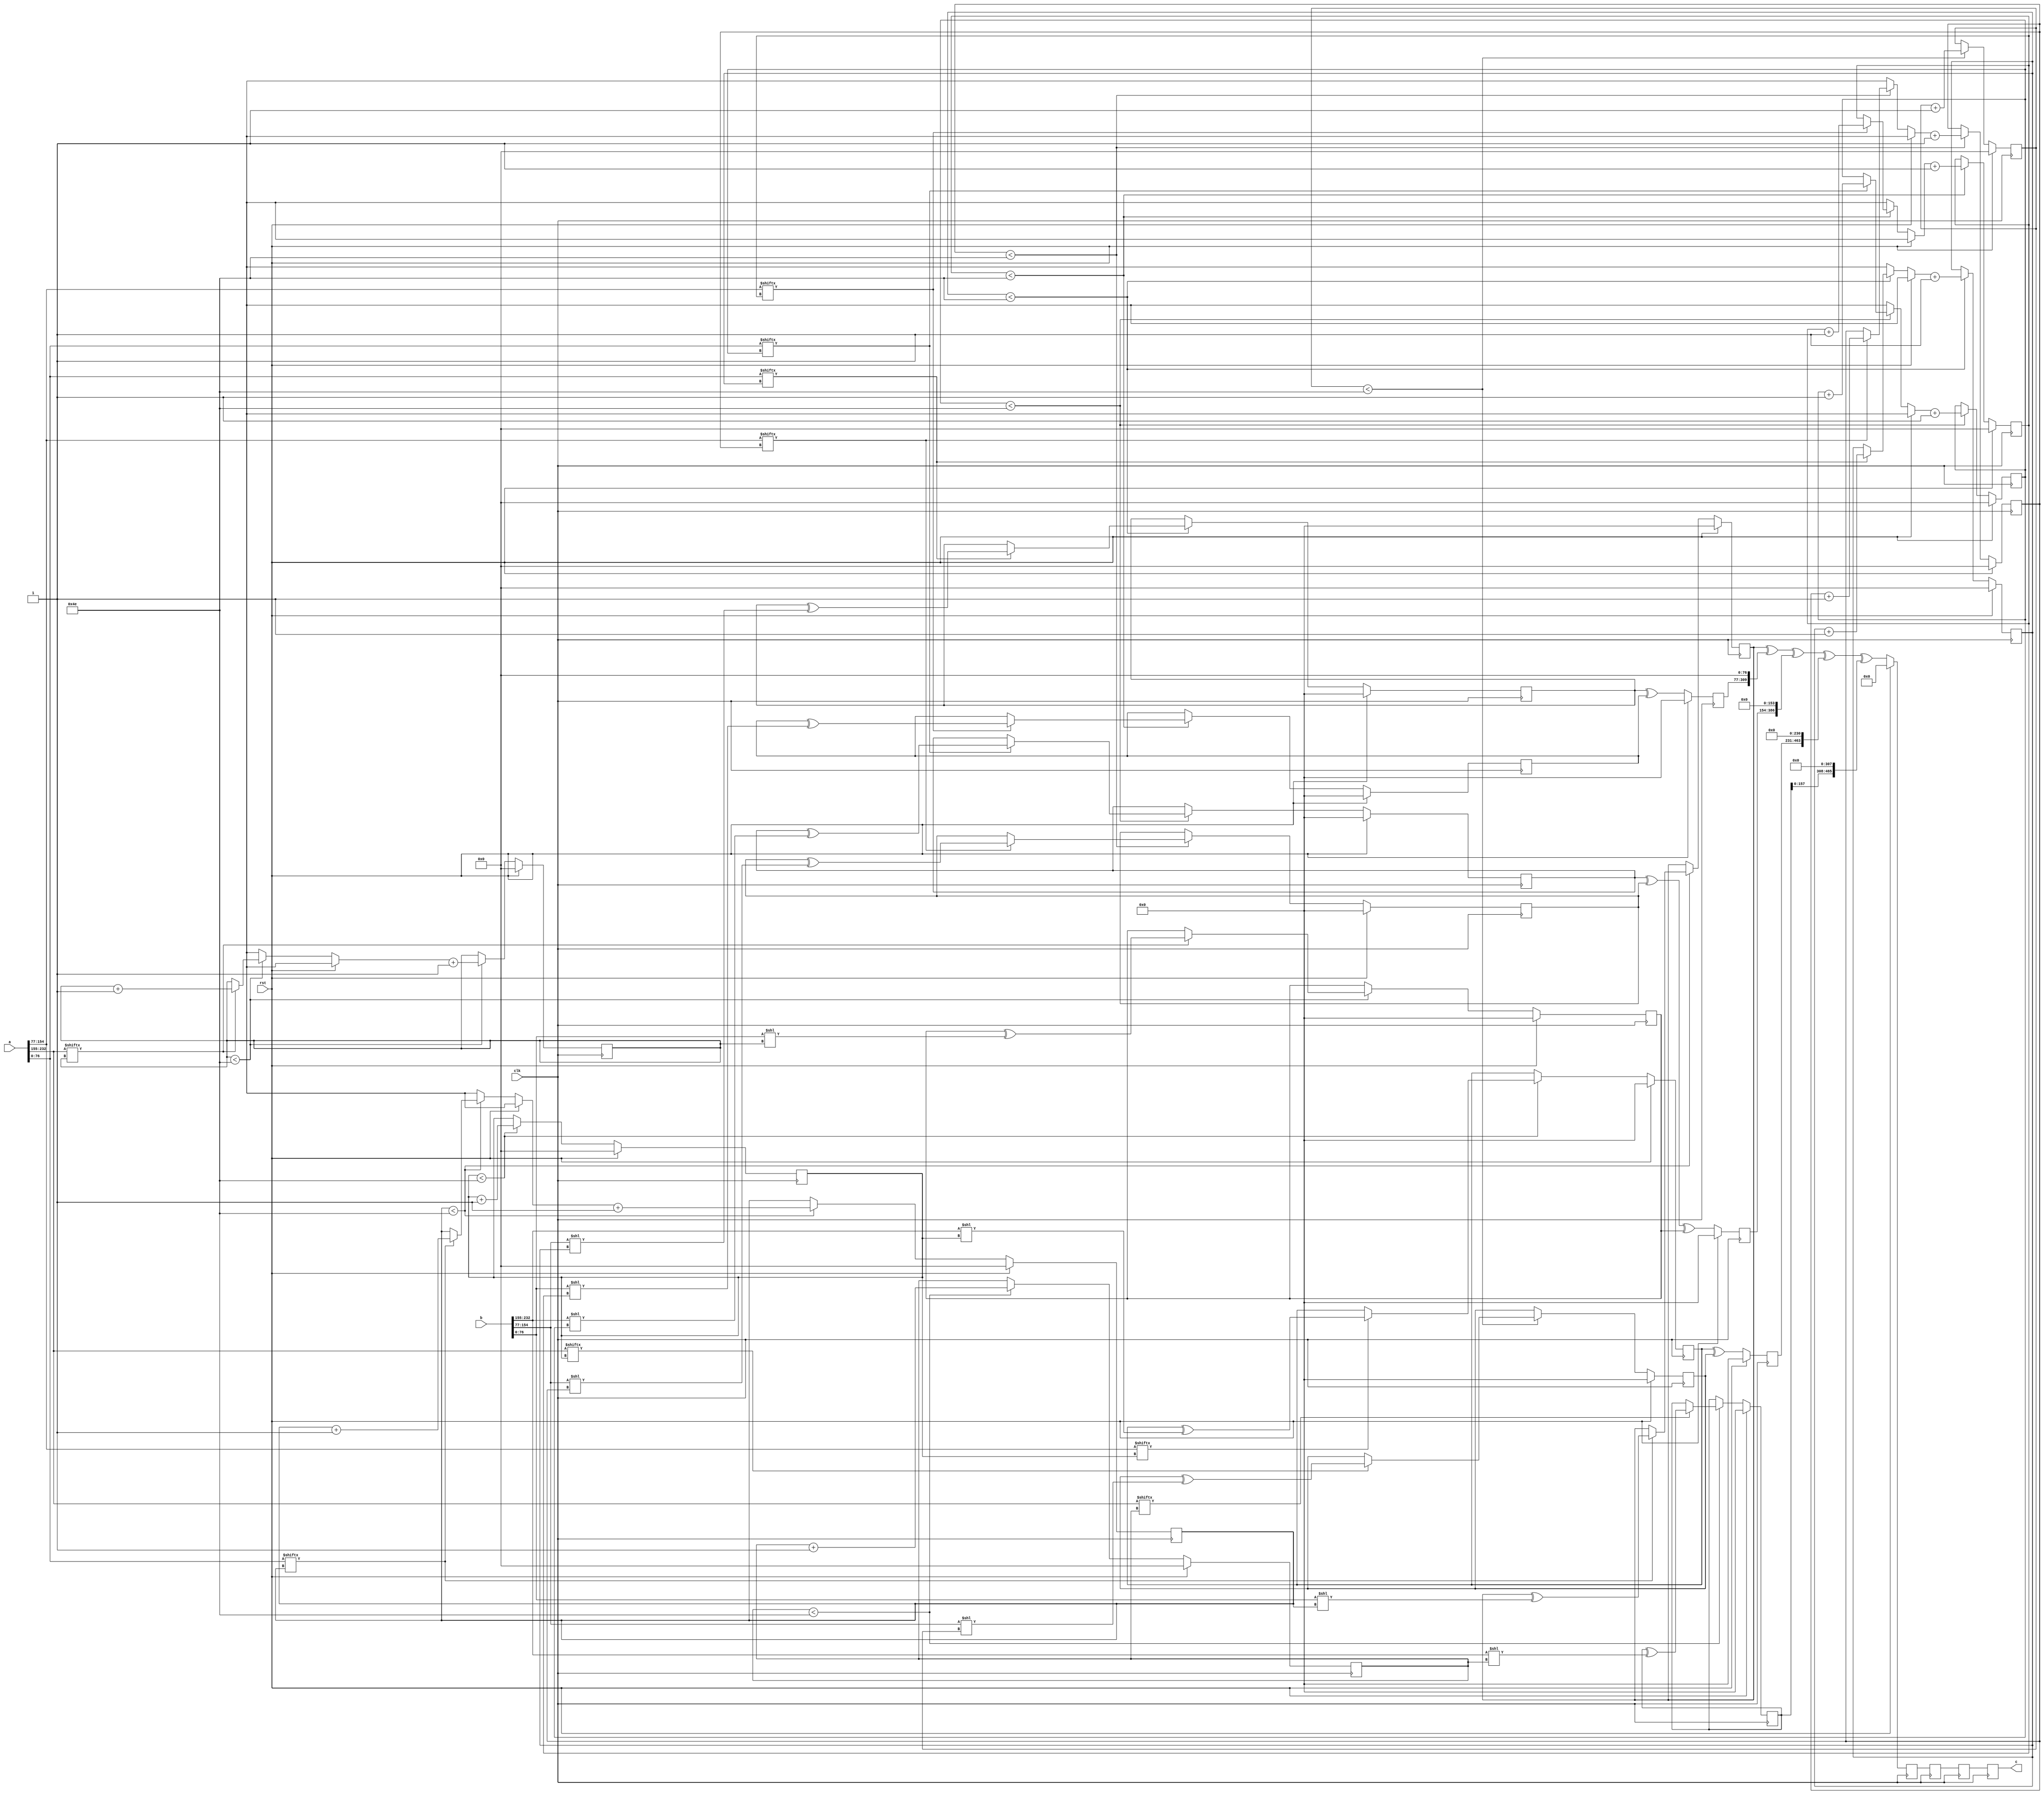
// TalTech large integer multiplier library
// Multiplier type: three_way_toom_cook
// Parameters: 233 233 4
// Target tool: genus
module three_way_toom_cook(clk, rst, a, b, c);
input clk;
input rst;
input [232:0] a;
input [232:0] b;
output reg [465:0] c;

// Pipeline register declaration 
reg [465:0] c_temp_3;
reg [465:0] c_temp_2;
reg [465:0] c_temp_1;

// Wires declaration 
wire  [76:0] a0;
wire  [77:0] a1;
wire  [77:0] a2;
wire  [76:0] b0;
wire  [77:0] b1;
wire  [77:0] b2;

// Registers declaration 
reg  [76:0] counter_d;
reg  [76:0] counter_e1;
reg  [76:0] counter_e2;
reg  [76:0] counter_f1;
reg  [76:0] counter_f2;
reg  [76:0] counter_f3;
reg  [76:0] counter_g1;
reg  [76:0] counter_g2;
reg  [76:0] counter_h;
reg  [232:0] d;
reg  [232:0] e1_mul;
reg  [232:0] e2_mul;
reg  [232:0] e;
reg  [232:0] f1_mul;
reg  [232:0] f2_mul;
reg  [232:0] f3_mul;
reg  [232:0] f;
reg  [232:0] g1_mul;
reg  [232:0] g2_mul;
reg  [232:0] g;
reg  [232:0] h;
reg  [465:0] temp;

// Initial assignments to wires
assign a0 = a[76:0];
assign a1 = a[154:77];
assign a2 = a[232:155];
assign b0 = b[76:0];
assign b1 = b[154:77];
assign b2 = b[232:155];

// Step-1 of 3-Way TCM Multiplier
always @(posedge clk) begin
	if (rst) begin
		d <= 233'd0;
		counter_d <= 77'd0;
	end
	else if (counter_d < 78) begin
		if (a2[counter_d] == 1'b1) begin
			d <= d ^ (b2 << counter_d);
			counter_d <= counter_d + 1;
		end
		counter_d <= counter_d + 1;
	end
end

// Step-2 (Part-1) of 3-Way TCM Multiplier
always @(posedge clk) begin
	if (rst) begin
		e1_mul <= 233'd0;
		counter_e1 <= 77'd0;
	end
	else if (counter_e1 < 78) begin
		if (a1[counter_e1] == 1'b1) begin
			e1_mul <= e1_mul ^ (b2 << counter_e1);
			counter_e1 <= counter_e1 + 1;
		end
		counter_e1 <= counter_e1 + 1;
	end
end

// Step-2 (Part-2) of 3-Way TCM Multiplier
always @(posedge clk) begin
	if (rst) begin
		e2_mul <= 233'd0;
		counter_e2 <= 77'd0;
	end
	else if (counter_e2 < 78) begin
		if (a2[counter_e1] == 1'b1) begin
			e2_mul <= e2_mul ^ (b1 << counter_e2);
			counter_e2 <= counter_e2 + 1;
		end
		counter_e2 <= counter_e2 + 1;
	end
end

// Step-2 (Part-3) of 3-Way TCM Multiplier
always @(posedge clk) begin
	if (rst) begin
		e = 233'd0;
	end
	else begin
		e = e1_mul ^ e2_mul; 
	end
end

// Step-3 (Part-1) of 3-Way TCM Multiplier
always @(posedge clk) begin
	if (rst) begin
		f1_mul = 233'd0;
		counter_f1 = 77'd0;
	end
	else if (counter_f1 < 78) begin
		if (a0[counter_f1] == 1'b1) begin
			f1_mul = f1_mul ^ (b2 << counter_f1);
			counter_f1 = counter_f1 + 1;
		end
		counter_f1 = counter_f1 + 1;
	end
end

// Step-3 (Part-2) of 3-Way TCM Multiplier
always @(posedge clk) begin
	if (rst) begin
		f2_mul = 233'd0;
		counter_f2 = 77'd0;
	end
	else if (counter_f2 < 78) begin
		if (a1[counter_f2] == 1'b1) begin
			f2_mul = f2_mul ^ (b1 << counter_f2);
			counter_f2 = counter_f2 + 1;
		end
		counter_f2 = counter_f2 + 1;
	end
end

// Step-3 (Part-3) of 3-Way TCM Multiplier
always @(posedge clk) begin
	if (rst) begin
		f3_mul = 233'd0;
		counter_f3 = 77'd0;
	end
	else if (counter_f3 < 78) begin
		if (a2[counter_f3] == 1'b1) begin
			f3_mul = f3_mul ^ (b0 << counter_f3);
			counter_f3 = counter_f3 + 1;
		end
		counter_f3 = counter_f3 + 1;
	end
end

// Step-3 (Part-4) of 3-Way TCM Multiplier
always @(posedge clk) begin
	if (rst) begin
		f = 233'd0;
	end
	else begin
		f = f1_mul ^ f2_mul ^ f3_mul; 
	end
end

// Step-4 (Part-1) of 3-Way TCM Multiplier
always @(posedge clk) begin
	if (rst) begin
		g1_mul = 233'd0;
		counter_g1 = 77'd0;
	end
	else if (counter_g1 < 78) begin
		if (a0[counter_g1] == 1'b1) begin
			g1_mul = g1_mul ^ (b1 << counter_g1);
			counter_g1 = counter_g1 + 1;
		end
		counter_g1 = counter_g1 + 1;
	end
end

// Step-4 (Part-2) of 3-Way TCM Multiplier
always @(posedge clk) begin
	if (rst) begin
		g2_mul = 233'd0;
		counter_g2 = 77'd0;
	end
	else if (counter_g2 < 78) begin
		if (a1[counter_g2] == 1'b1) begin
			g2_mul = g2_mul ^ (b0 << counter_g2);
			counter_g2 = counter_g2 + 1;
		end
		counter_g2 = counter_g2 + 1;
	end
end

// Step-4 (Part-3) of 3-Way TCM Multiplier
always @(posedge clk) begin
	if (rst) begin
		g = 233'd0;
	end
	else begin
		g = g1_mul ^ g2_mul; 
	end
end

// Step-5 of 3-Way TCM Multiplier
always @(posedge clk) begin
	if (rst) begin
		h = 233'd0;
		counter_h = 77'd0;
	end
	else if (counter_h < 78) begin
		if (a0[counter_h] == 1'b1) begin
			h = h ^ (b0 << counter_h);
			counter_h = counter_h + 1;
		end
	counter_h = counter_h + 1;
	end
end

// Step-6 of 3-Way TCM Multiplier
always @(posedge clk) begin
	if (rst) begin
		temp = 466'd0;
		c_temp_3 = 466'd0;
	end
	else begin
		temp = h;
		temp = temp ^ (g << 77);
		temp = temp ^ (f << 154);
		temp = temp ^ (e << 231);
		temp = temp ^ (d << 308);
		c_temp_3 = temp;
	end
end

// pipeline stages
always @(posedge clk) begin
	c <= c_temp_1;
	c_temp_2 <= c_temp_3;
	c_temp_1 <= c_temp_2;
end
endmodule